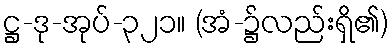
ဋ္ဌ-ဒု-အုပ်-၃၂၁။ (အံ-၌လည်းရှိ၏)